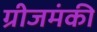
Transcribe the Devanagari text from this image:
ग्रीजमंकी